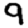
Digit: 9